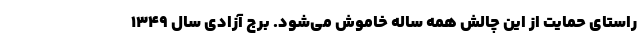
راستای حمایت از این چالش همه ساله خاموش می‌شود. برج آزادی سال ۱۳۴۹